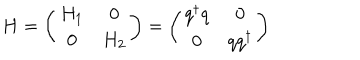
H = \left( \begin{matrix} { { H _ { 1 } } } & { { 0 } } \\ { { 0 } } & { { H _ { 2 } } } \\ \end{matrix} \right) = \left( \begin{matrix} { { q ^ { \dagger } q } } & { { 0 } } \\ { { 0 } } & { { q q ^ { \dagger } } } \\ \end{matrix} \right)